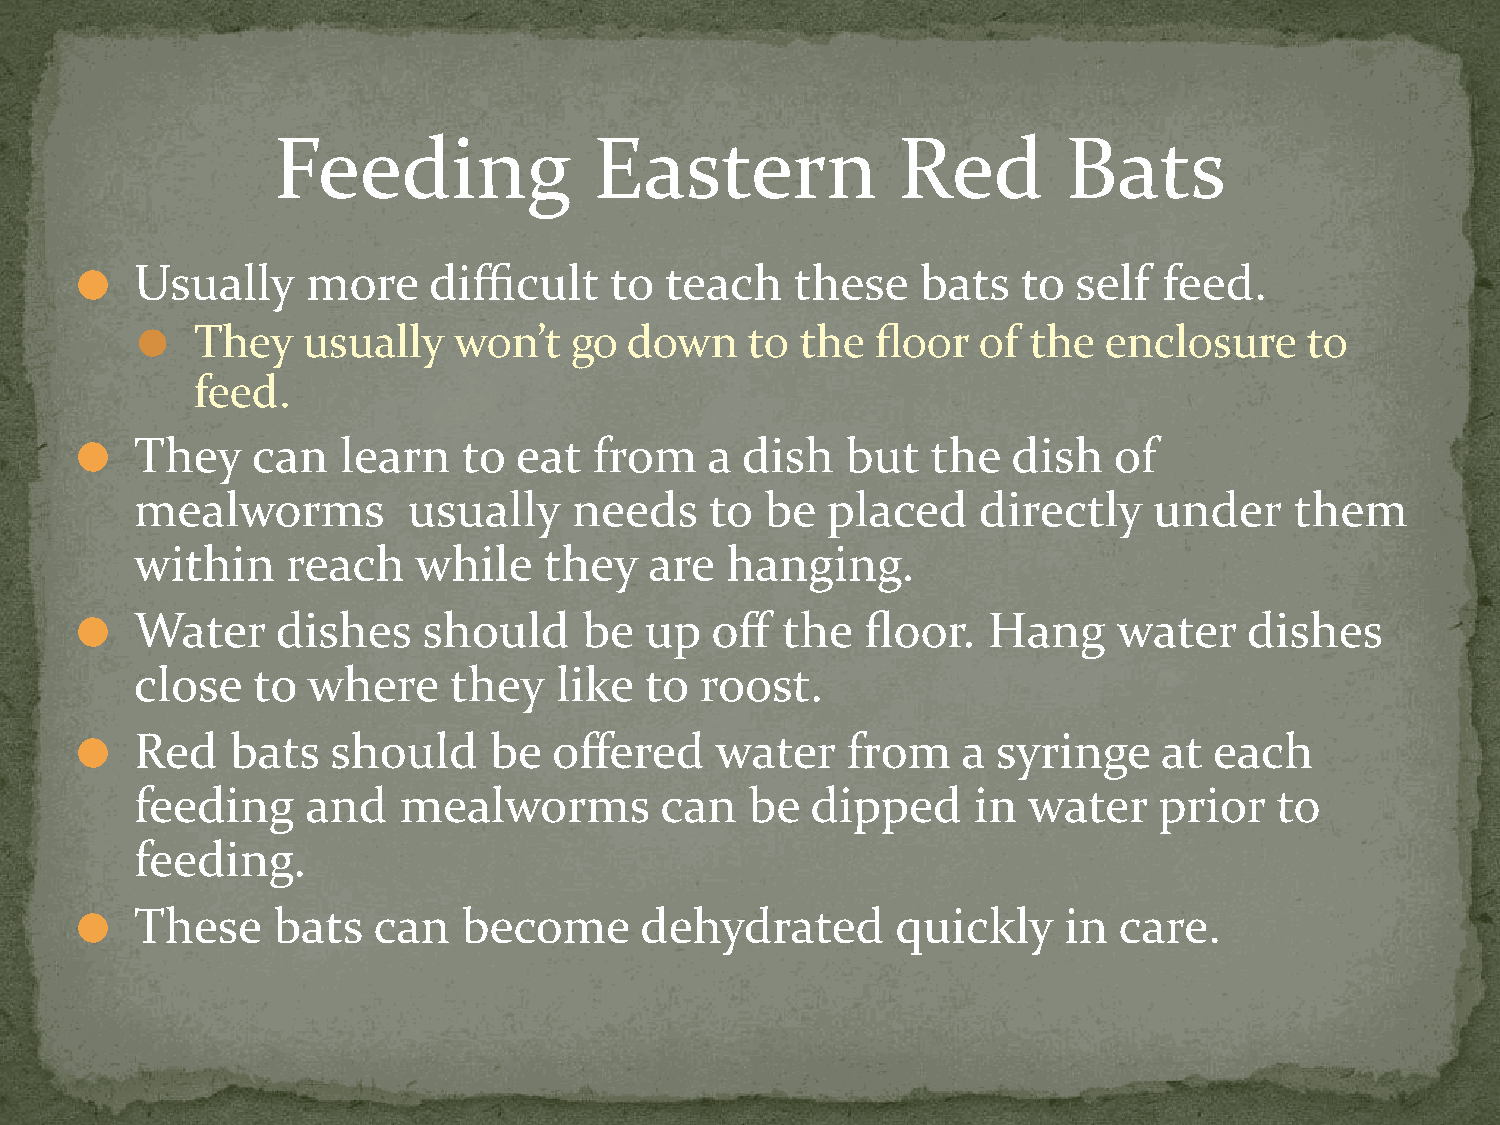
Feeding              Eastern             Red         Bats
 Usually    more    difficult   to  teach    these   bats   to self  feed.
 ⚫
 They   usually   won’t   go  down    to the  floor  of the  enclosure     to
 ⚫
 feed.
 They    can   learn   to eat  from    a dish   but   the  dish   of
 ⚫
 mealworms         usually    needs    to  be  placed    directly   under     them
 within    reach   while    they   are  hanging.
 Water    dishes    should     be  up  off  the  floor.  Hang     water    dishes
 ⚫
 close   to where     they   like  to roost.
 Red   bats   should    be   offered   water    from    a syringe    at each
 ⚫
 feeding    and   mealworms         can   be  dipped    in  water    prior   to
 feeding.
 These    bats   can   become     dehydrated       quickly    in  care.
 ⚫